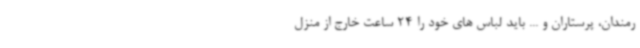
رمندان، پرستاران و ... باید لباس های خود را 24 ساعت خارج از منزل